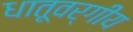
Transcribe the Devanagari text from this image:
धातूवर्गीय